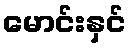
မောင်းနှင်